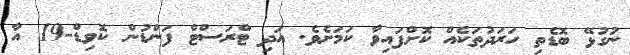
ނުގުޅޭ ބޮޑެތި ހަރަދުތަކެއް ކޮށްފައިވާ ކަމަށެވެ. އަދި ޓްރަސްޓް ފަންޑުން ކޮވިޑް-19 އާ